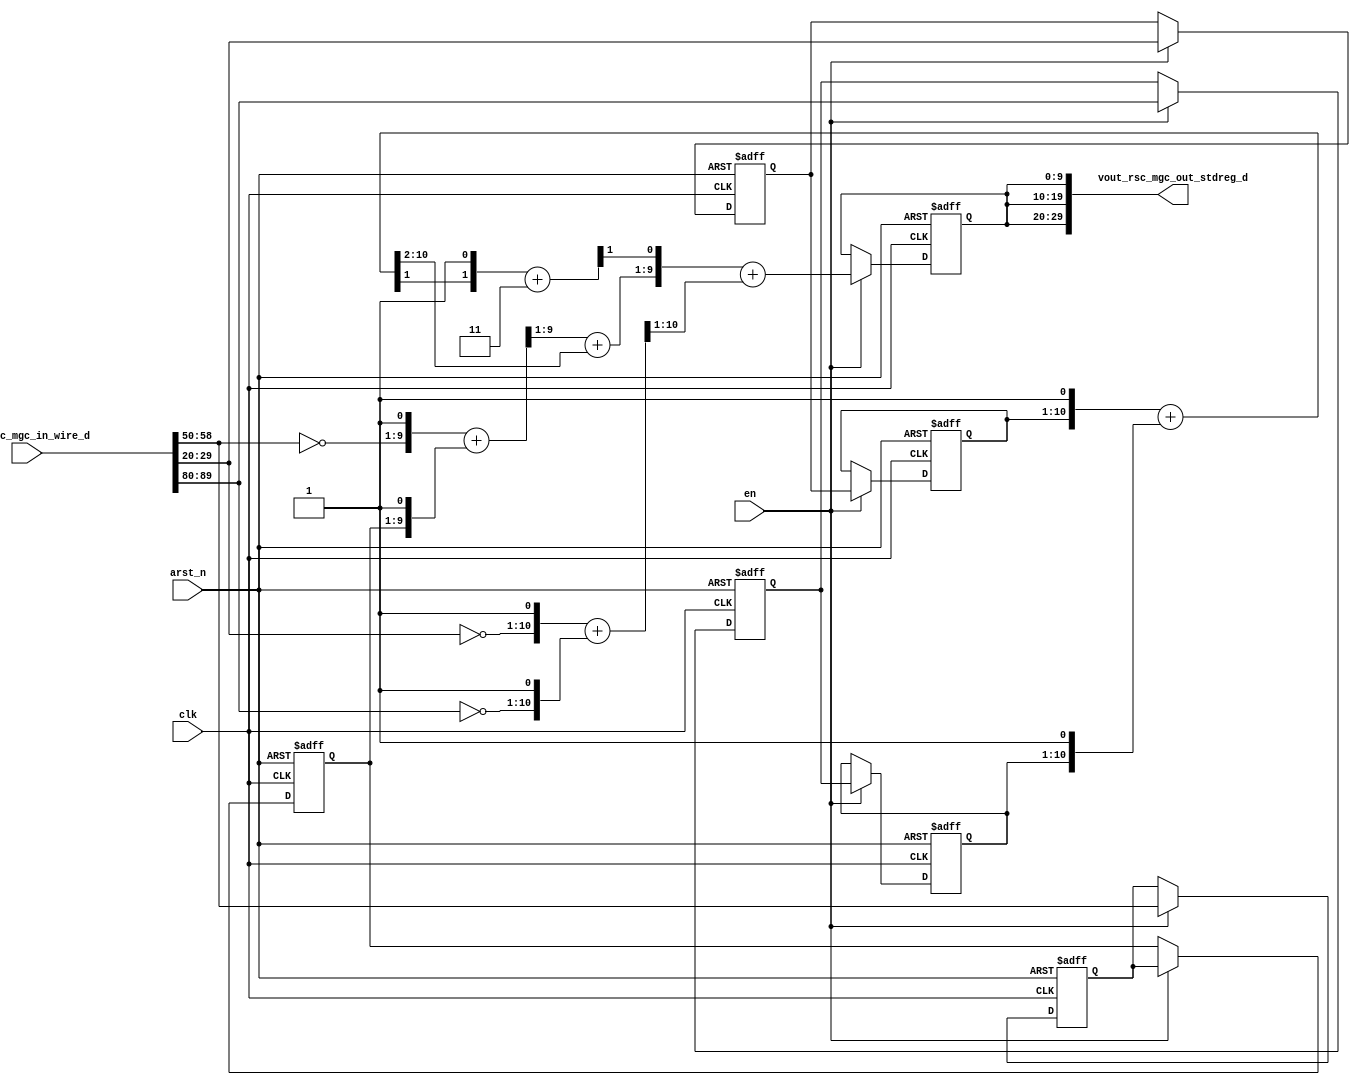
module edge_core (
  clk, en, arst_n, vin_rsc_mgc_in_wire_d, vout_rsc_mgc_out_stdreg_d
);
  input clk;
  input en;
  input arst_n;
  input [89:0] vin_rsc_mgc_in_wire_d;
  output [29:0] vout_rsc_mgc_out_stdreg_d;


  // Interconnect Declarations
  reg [8:0] regs_regs_1_sg3_sva;
  reg [9:0] regs_regs_1_sg1_sva;
  reg [9:0] regs_regs_1_sg5_sva;
  reg [9:0] ACC1_asn_itm;
  reg [9:0] ACC1_asn_2_itm;
  reg [8:0] ACC1_asn_3_itm;
  reg [9:0] reg_vout_rsc_mgc_out_stdreg_d_tmp;
  wire [10:0] nl_reg_vout_rsc_mgc_out_stdreg_d_tmp;
  wire [10:0] ACC1_acc_5_itm;
  wire [11:0] nl_ACC1_acc_5_itm;


  // Interconnect Declarations for Component Instantiations 
  assign vout_rsc_mgc_out_stdreg_d = {reg_vout_rsc_mgc_out_stdreg_d_tmp , reg_vout_rsc_mgc_out_stdreg_d_tmp
      , reg_vout_rsc_mgc_out_stdreg_d_tmp};
  assign nl_ACC1_acc_5_itm = ({ACC1_asn_itm , 1'b1}) + ({ACC1_asn_2_itm , 1'b1});
  assign ACC1_acc_5_itm = nl_ACC1_acc_5_itm[10:0];
  always @(posedge clk or negedge arst_n) begin
    if ( ~ arst_n ) begin
      ACC1_asn_3_itm <= 9'b0;
      ACC1_asn_itm <= 10'b0;
      ACC1_asn_2_itm <= 10'b0;
      regs_regs_1_sg3_sva <= 9'b0;
      regs_regs_1_sg5_sva <= 10'b0;
      regs_regs_1_sg1_sva <= 10'b0;
      reg_vout_rsc_mgc_out_stdreg_d_tmp <= 10'b0;
    end
    else begin
      if ( en ) begin
        ACC1_asn_3_itm <= regs_regs_1_sg3_sva;
        ACC1_asn_itm <= regs_regs_1_sg1_sva;
        ACC1_asn_2_itm <= regs_regs_1_sg5_sva;
        regs_regs_1_sg3_sva <= vin_rsc_mgc_in_wire_d[58:50];
        regs_regs_1_sg5_sva <= vin_rsc_mgc_in_wire_d[89:80];
        regs_regs_1_sg1_sva <= vin_rsc_mgc_in_wire_d[29:20];
        reg_vout_rsc_mgc_out_stdreg_d_tmp <= nl_reg_vout_rsc_mgc_out_stdreg_d_tmp[9:0];
      end
    end
  end
  assign nl_reg_vout_rsc_mgc_out_stdreg_d_tmp  = ({((readslicef_10_9_1((({(~ (vin_rsc_mgc_in_wire_d[58:50]))
      , 1'b1}) + ({ACC1_asn_3_itm , 1'b1})))) + (ACC1_acc_5_itm[10:2])) , (readslicef_2_1_1((({(ACC1_acc_5_itm[1])
      , 1'b1}) + 2'b11)))}) + (readslicef_11_10_1((({(~ (vin_rsc_mgc_in_wire_d[29:20]))
      , 1'b1}) + ({(~ (vin_rsc_mgc_in_wire_d[89:80])) , 1'b1}))));

  function [8:0] readslicef_10_9_1;
    input [9:0] vector;
    reg [9:0] tmp;
  begin
    tmp = vector >> 1;
    readslicef_10_9_1 = tmp[8:0];
  end
  endfunction


  function [0:0] readslicef_2_1_1;
    input [1:0] vector;
    reg [1:0] tmp;
  begin
    tmp = vector >> 1;
    readslicef_2_1_1 = tmp[0:0];
  end
  endfunction


  function [9:0] readslicef_11_10_1;
    input [10:0] vector;
    reg [10:0] tmp;
  begin
    tmp = vector >> 1;
    readslicef_11_10_1 = tmp[9:0];
  end
  endfunction

endmodule
module edge_0 (
  vin_rsc_z, vout_rsc_z, clk, en, arst_n
);
  input [89:0] vin_rsc_z;
  output [29:0] vout_rsc_z;
  input clk;
  input en;
  input arst_n;


  // Interconnect Declarations
  wire [89:0] vin_rsc_mgc_in_wire_d;
  wire [29:0] vout_rsc_mgc_out_stdreg_d;


  // Interconnect Declarations for Component Instantiations 
  mgc_in_wire #(.rscid(1),
  .width(90)) vin_rsc_mgc_in_wire (
      .d(vin_rsc_mgc_in_wire_d),
      .z(vin_rsc_z)
    );
  mgc_out_stdreg #(.rscid(2),
  .width(30)) vout_rsc_mgc_out_stdreg (
      .d(vout_rsc_mgc_out_stdreg_d),
      .z(vout_rsc_z)
    );
  edge_core edge_core_inst (
      .clk(clk),
      .en(en),
      .arst_n(arst_n),
      .vin_rsc_mgc_in_wire_d(vin_rsc_mgc_in_wire_d),
      .vout_rsc_mgc_out_stdreg_d(vout_rsc_mgc_out_stdreg_d)
    );
endmodule